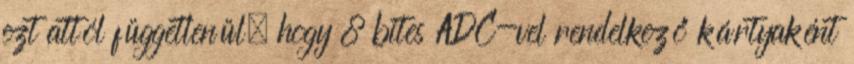
ezt attól függetlenül, hogy 8 bites ADC-vel rendelkező kártyaként